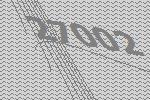
27002